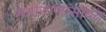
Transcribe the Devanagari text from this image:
मनोरुग्णांसोबत